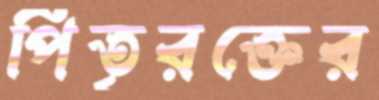
পিতৃরক্তের